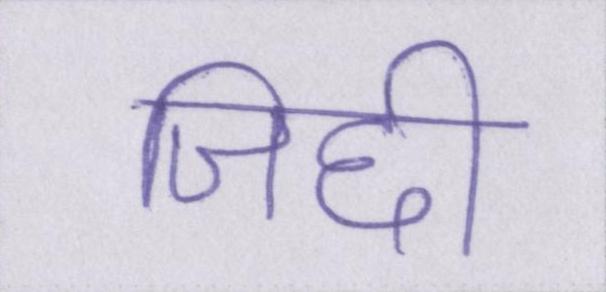
जिद्दी